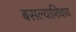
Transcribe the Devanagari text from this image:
बसल्याशिवाय